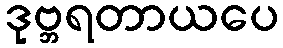
ဒုဗ္ဘရတာယပေ